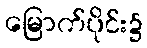
မြောက်ပိုင်း၌